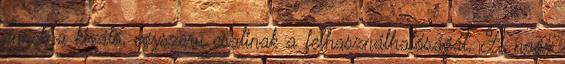
ennek a kiváló, egyszerű csalinak a felhasználhatóságát. A nagy